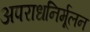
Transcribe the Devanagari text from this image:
अपराधनिर्मूलन